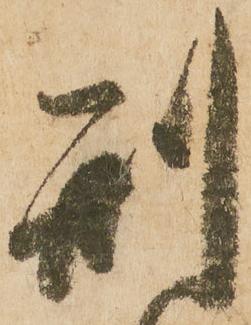
刑